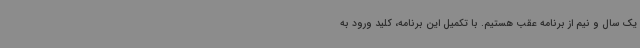
یک سال و نیم از برنامه عقب هستیم. با تکمیل این برنامه، کلید ورود به